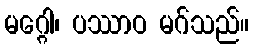
မဂ္ဂေါ၊ ပဿာဝ မဂ်သည်။